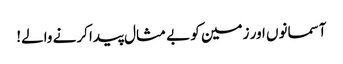
آسمانوں اور زمین کو بے مثال پیدا کرنے والے!